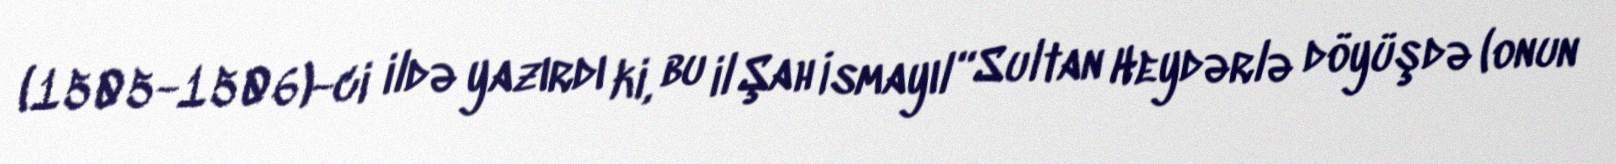
(1505-1506)-ci ildə yazırdı ki, bu il Şah İsmayıl “Sultan Heydərlə döyüşdə (onun